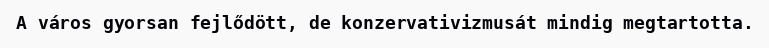
A város gyorsan fejlődött, de konzervativizmusát mindig megtartotta.